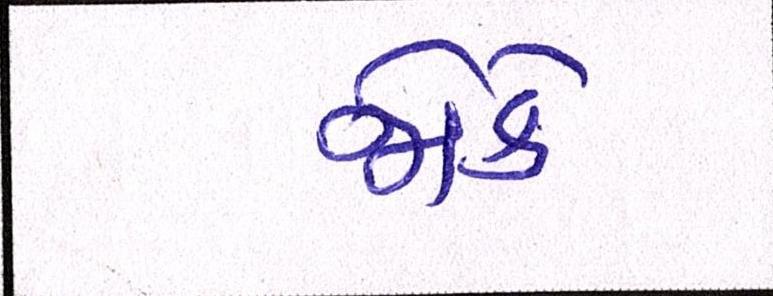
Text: જોકે